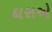
દારાએ